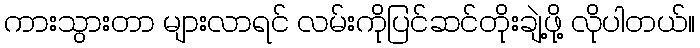
ကားသွားတာ များလာရင် လမ်းကိုပြင်ဆင်တိုးချဲ့ဖို့ လိုပါတယ်။